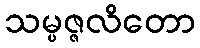
သမ္ပဇ္ဇလိတော